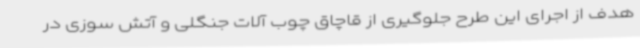
هدف از اجرای این طرح جلوگیری از قاچاق چوب آلات جنگلی و آتش سوزی در